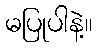
မပြုပါနဲ့။